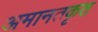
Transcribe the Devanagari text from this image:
अमानतकृत